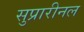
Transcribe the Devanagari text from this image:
सुप्रारीनल